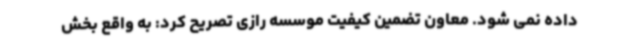
داده نمی شود. معاون تضمین کیفیت موسسه رازی تصریح کرد: به واقع بخش